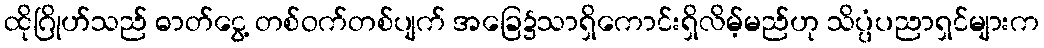
ထိုဂြိုဟ်သည် ဓာတ်ငွေ့ တစ်ဝက်တစ်ပျက် အခြေ၌သာရှိကောင်းရှိလိမ့်မည်ဟု သိပ္ပံပညာရှင်များက